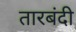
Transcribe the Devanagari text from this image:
तारबंदी